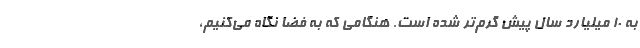
به ۱۰ میلیارد سال پیش گرم‌تر شده است. هنگامی که به فضا نگاه می‌کنیم،